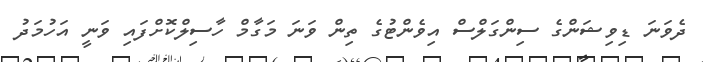
ދެވަނަ ޑިވިޝަންގެ ސިންގަލްސް އިވެންޓުގެ ތިން ވަނަ މަގާމް ހާސިލްކޮށްފައި ވަނީ އަހުމަދު